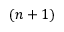
( n + 1 )